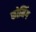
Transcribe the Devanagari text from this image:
फोमिंग